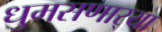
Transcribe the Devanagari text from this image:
धुमसणार्‍या